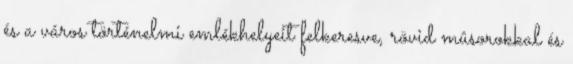
és a város történelmi emlékhelyeit felkeresve, rövid mûsorokkal és